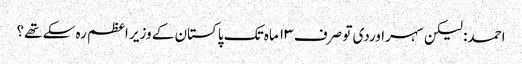
احمد: لیکن سہراوردی تو صرف ۱۳ ماہ تک پاکستان کے وزیر اعظم رہ سکے تھے؟